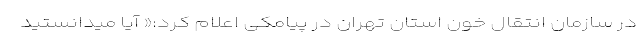
در سازمان انتقال خون استان تهران در پیامکی اعلام کرد:« آیا میدانستید